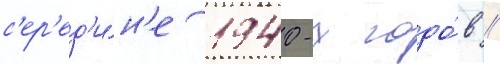
с'ер'ед'и́н'е 1940-х годо́в //